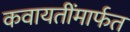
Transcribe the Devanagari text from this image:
कवायतींमार्फत